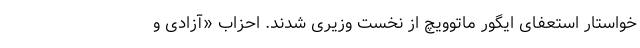
خواستار استعفای ایگور ماتوویچ از نخست وزیری شدند. احزاب «آزادی و